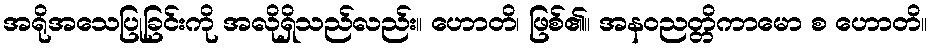
အရိုအသေပြုခြင်းကို အလိုရှိသည်လည်း။ ဟောတိ၊ ဖြစ်၏။ အနဝညတ္တိကာမော စ ဟောတိ။